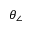
\theta _ { \angle }